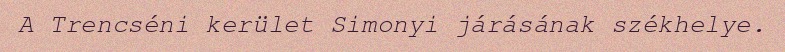
A Trencséni kerület Simonyi járásának székhelye.